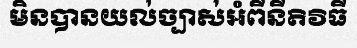
មិនបានយល់ច្បាស់អំពីនីតិវិធី